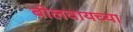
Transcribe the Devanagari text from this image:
बोलवायच्या